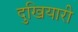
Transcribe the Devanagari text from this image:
दुखियारी